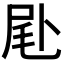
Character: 𠧮